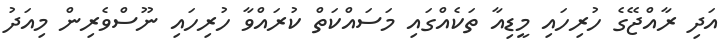
އަދި ރާއްޖޭގެ ހުރިހައި މީޑިއާ ތަކެއްގައި މަސައްކަތް ކުރައްވާ ހުރިހައި ނޫސްވެރިން މިއަދު